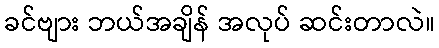
ခင်ဗျား ဘယ်အချိန် အလုပ် ဆင်းတာလဲ။